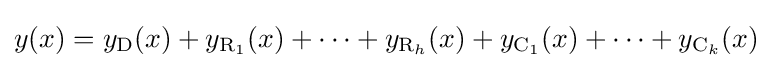
y(x)=y_{\mathrm {D} }(x)+y_{\mathrm {R} _{1}}(x)+\cdots +y_{\mathrm {R} _{h}}(x)+y_{\mathrm {C} _{1}}(x)+\cdots +y_{\mathrm {C} _{k}}(x)